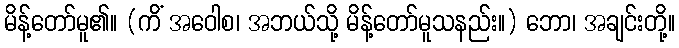
မိန့်တော်မူ၏။ (ကိံ အဝေါစ၊ အဘယ်သို့ မိန့်တော်မူသနည်း။) ဘော၊ အချင်းတို့။